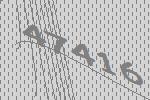
47416